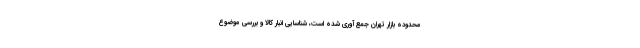
محدوده بازار تهران جمع آوری شده است، شناسایی انبار کالا و بررسی موضوع